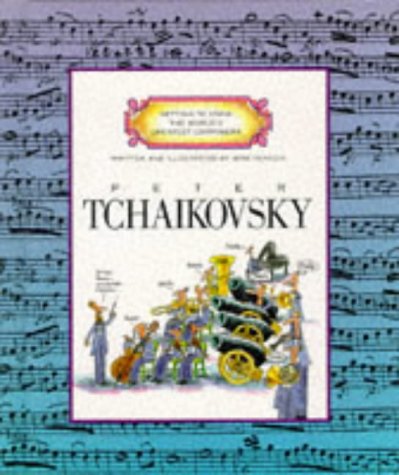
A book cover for Peter Tchaikovsky (Getting to Know the World's Greatest Composers); Mike Venezia; Teen & Young Adult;